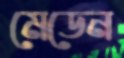
মেডেন